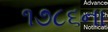
૧૭૮૬ના